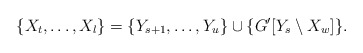
\begin{align*}\{X_t,\ldots, X_l\}=\{Y_{s+1},\ldots, Y_u\}\cup\{G'[Y_s\setminus X_w]\}.\end{align*}